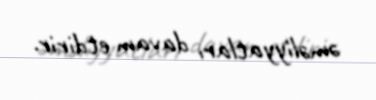
əməliyyatları davam etdirir.